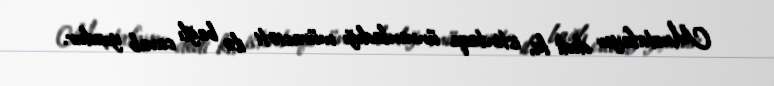
Mustafayev dedi ki, istintaqa ünvanladığı müraciəti ilə bağlı cavab yoxdur.